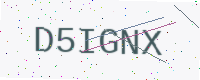
Text: D5IGNX